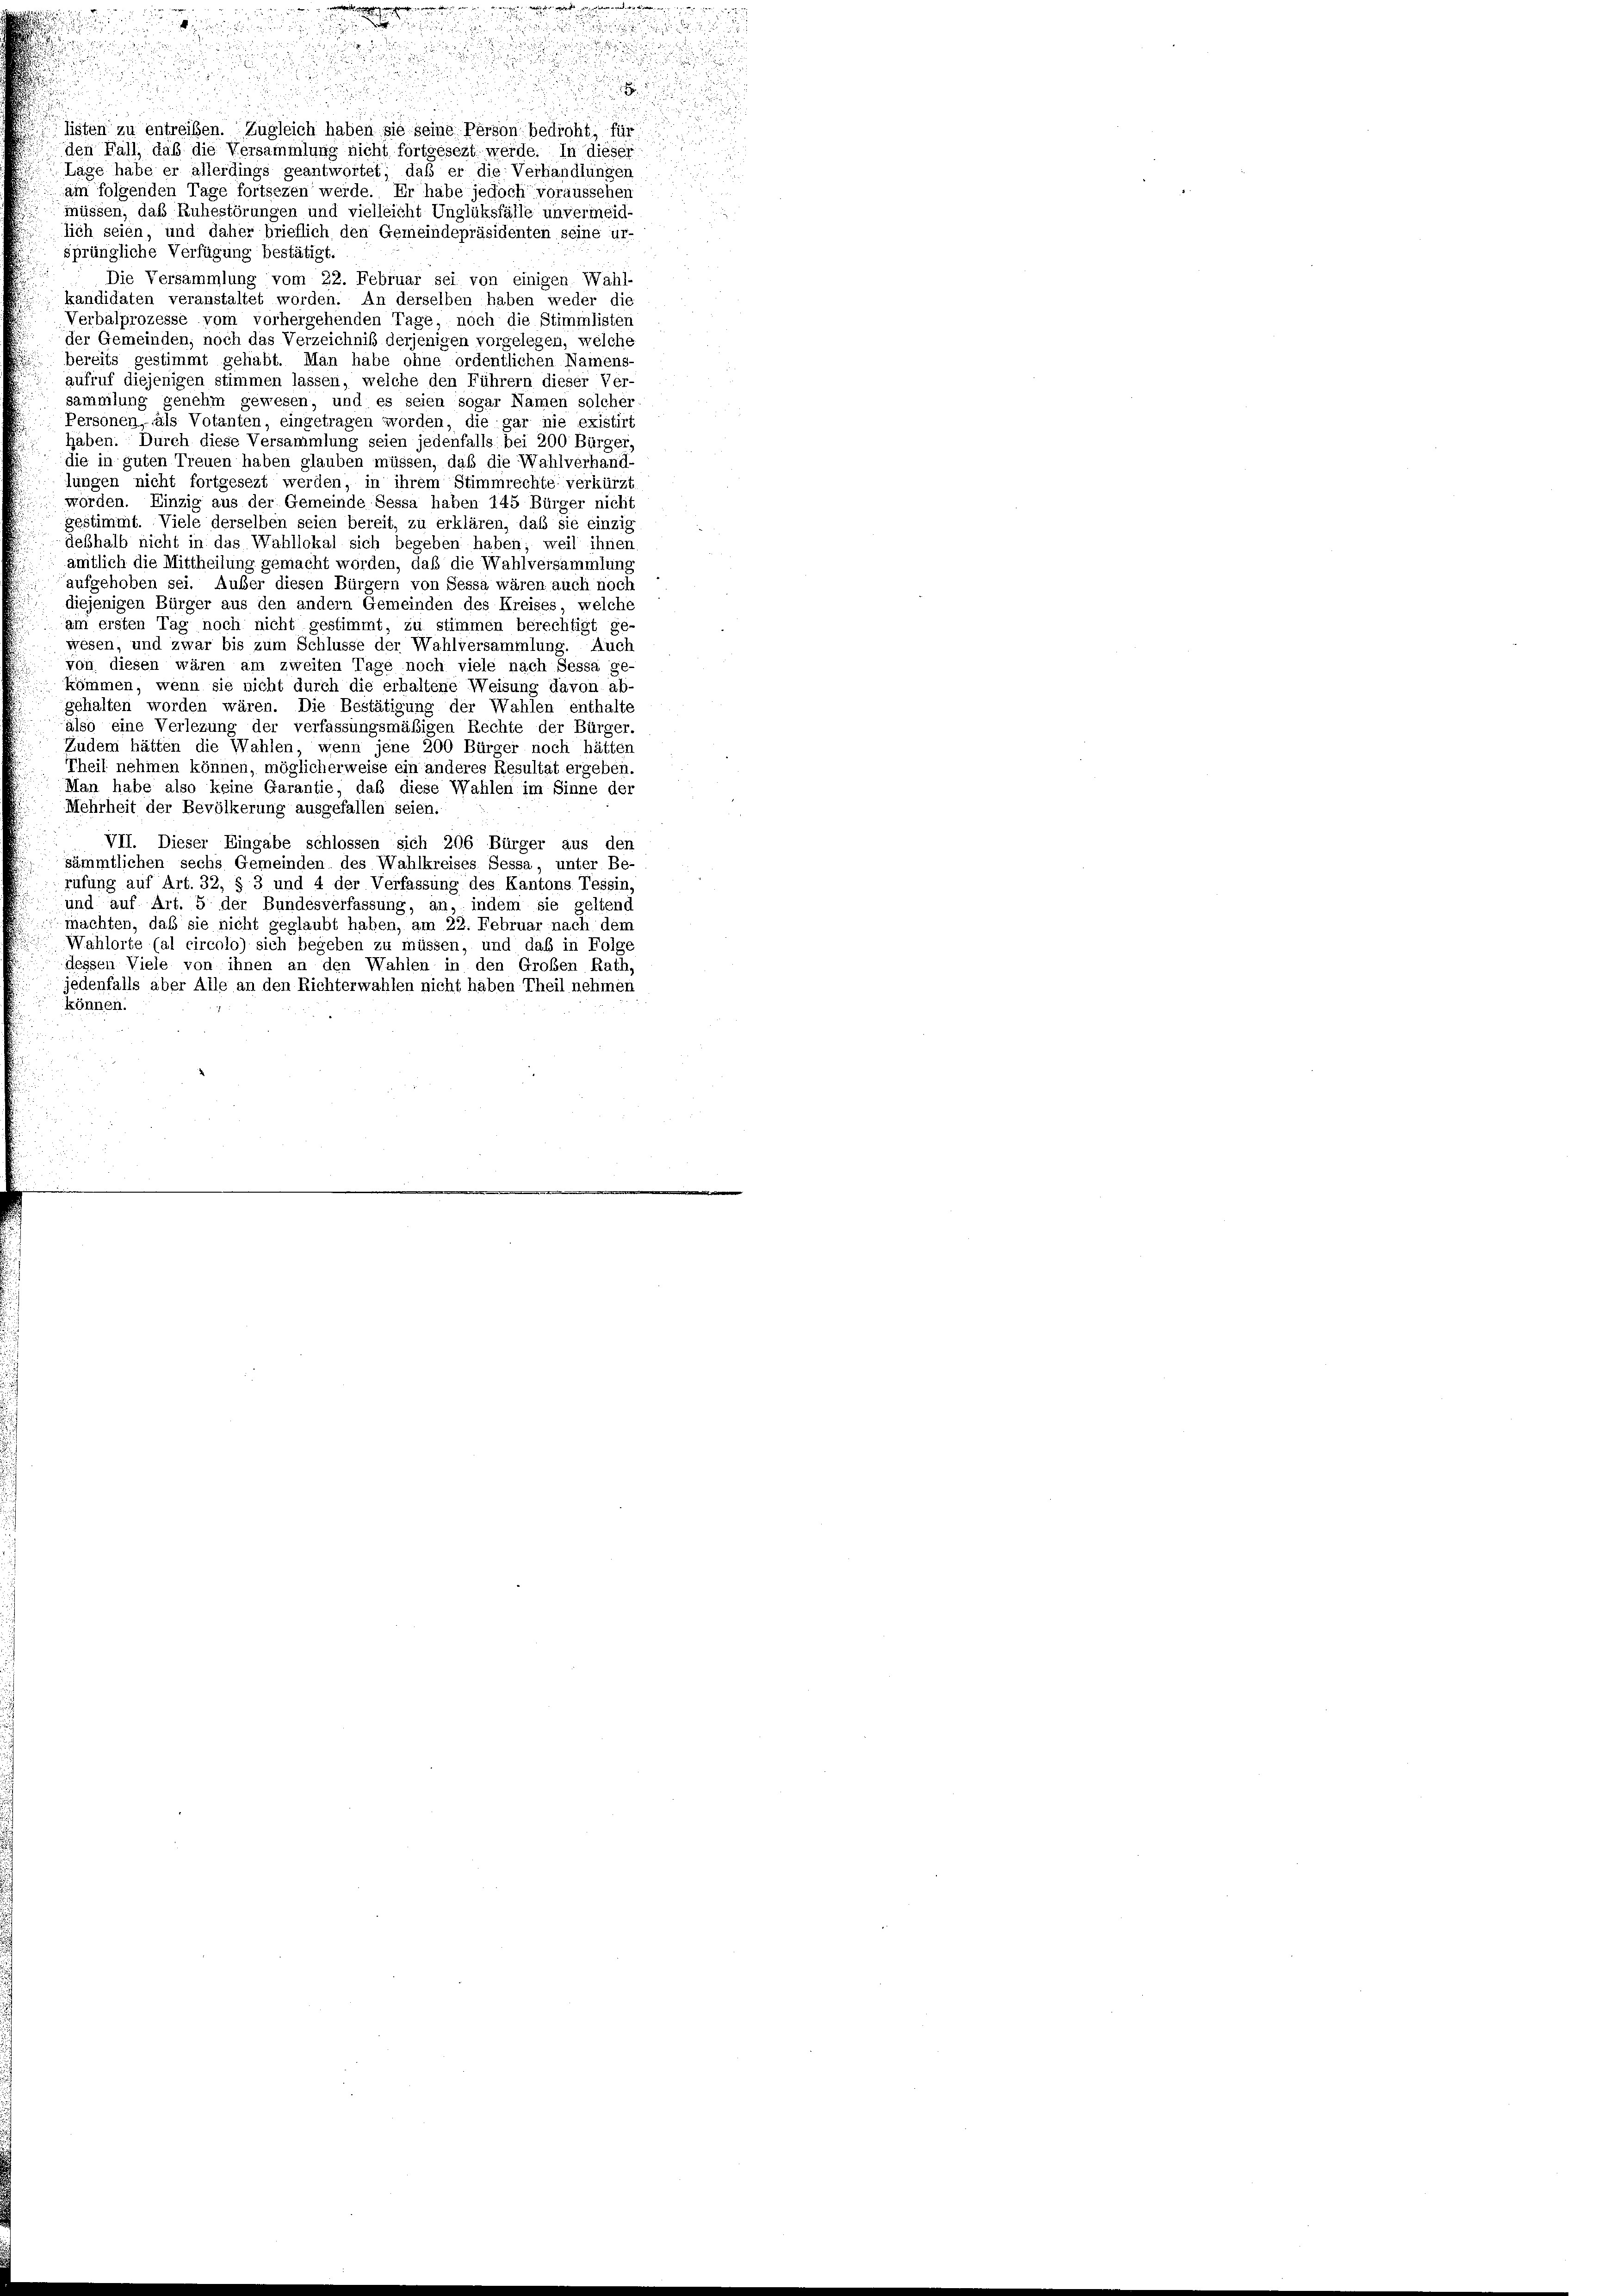
2

2

i

listen zu entreiben. Zugleich haben sie seine Person bedroht, für
den Fall, daß die Versammlung nicht fortgesezt werde. In dieser
Lage habe er allerdings geantwortet; daß er die Verhandlungen
am folgenden Tage fortsezen werde. Er habe jedoch voraussehen
müssen, das Ruhestörungen und vielleicht Unglüksfälle unvermeid-
lich seien, und daher brieflich den Gemeindepräsidenten seine ur-
sprüngliche Verfügung bestätigt.
Die Versammlung vom 22. Februar sei von einigen Wahl-
kandidaten veranstaltet worden. An derselben haben weder die
Verbalprozesse vom vorhergehenden Tage, noch die Stimmlisten
der Gemeinden, noch das Verzeichniß derjenigen vorgelegen, welche
bereits gestimmt gehabt. Man habe ohne ordentlichen Namens-
aufruf diejenigen stimmen lassen, welche den Führern dieser Ver-
sammlung genehm gewesen, und es seien sogar Namen solcher
Personen, fals Votanten, eingetragen worden, die gar nie existirt
haben. Durch diese Versammlung seien jedenfalls bei 200 Bürger,
die in guten Treuen haben glauben müssen, daß die Wahlverhand-
lungen nicht fortgesezt werden, in ihrem Stimmrechte verkürzt
worden. Einzig aus der Gemeinde Sessa haben 145 Bürger nicht
gestimmt. Viele derselben seien bereit, zu erklären, daß sie einzig
deßhalb nicht in das Wahllokal sich begeben haben; weil ihnen
amtlich die Mittheilung gemacht worden, daß die Wahlversammlung
aufgehoben sei. Außer diesen Bürgern von Sessa wären auch noch
diejenigen Bürger aus den andern Gemeinden des Kreises, welche
am ersten Tag noch nicht gestimmt, zu stimmen berechtigt ge
wesen, und zwar bis zum Schlüsse der Wahlversammlung. Auch
von diesen wären am zweiten Tage noch viele nach Sessa ge
kommen, wenn sie nicht durch die erhaltene Weisung davon ab-
gehalten worden wären. Die Bestätigung der Wahlen enthalte
also eine Verlegung der verfassungsmäßigen Rechte der Bürger.
Zudem hätten die Wahlen, wenn jene 200 Bürger noch hätten
Theil nehmen können, möglicherweise ein anderes Resultat ergeben.
Man habe also keine Garantie, daß diese Wahlen im Sinne der
Mehrheit der Bevölkerung ausgefallen seien.
VII. Dieser Eingabe schlossen sich 206 Bürger aus den
sämmtlichen sechs Gemeinden des Wahlkreises Sessa unter Be-
rüfung auf Art. 32, § 3 und 4 der Verfassung des Kantons Tessin,
und auf Art. 5 der Bundesverfassung, an, indem sie geltend
machten, daß sie nicht geglaubt haben, am 22. Februar nach dem
Wahlorte (al circolo) sich begeben zu müssen, und daß in Folge
dessen Viele von ihnen an den Wahlen in den Groben Rath,
jedenfalls aber Alle an den Richterwahlen nicht haben Theil nehmen
können.

.